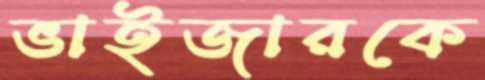
ভাইজারকে